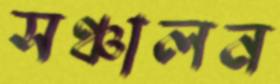
সঞ্চালন